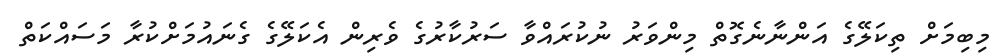
މިބިމަށް ތިކަލޭގެ އަންނާނެގޮތް މިންވަރު ނުކުރައްވާ ސަރުކާރުގެ ވެރިން އެކަލޭގެ ގެނައުމަށްކުރާ މަސައްކަތް